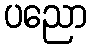
ပညော